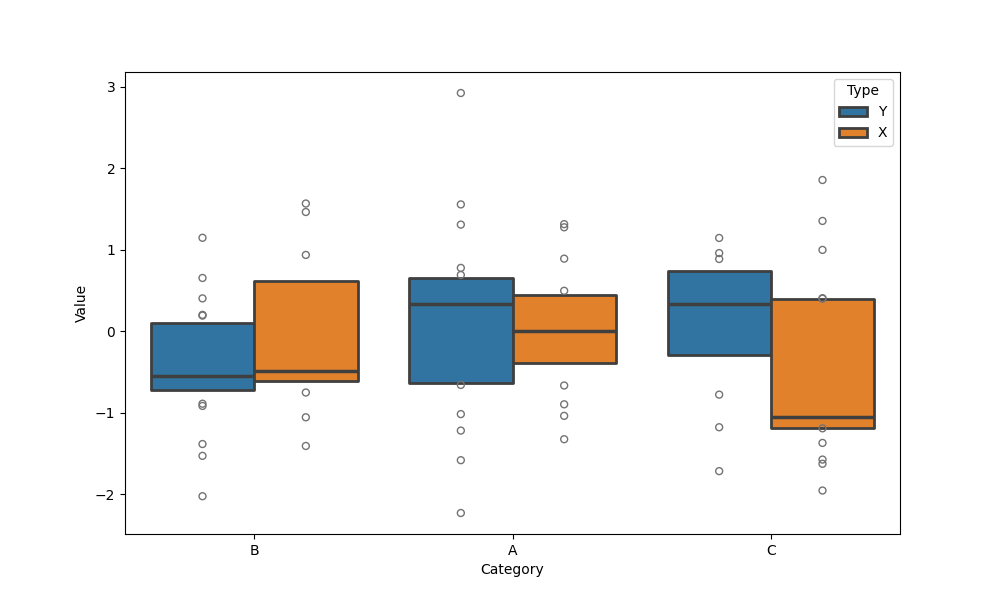
python, seaborn, boxenplot, k_depth='tukey', linewidth=2, scale='exponential', outlier_prop=0.1, showfliers=True